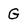
Character: G